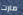
مارت